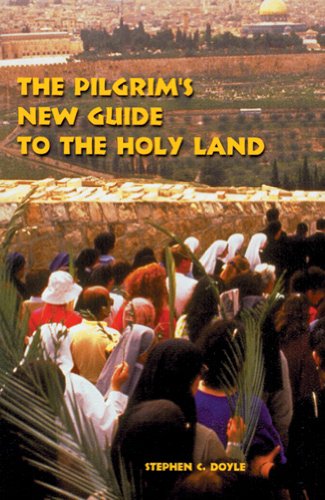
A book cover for The Pilgrim's New Guide to the Holy Land; Stephen C. Doyle OFM; Travel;